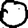
Digit: 0